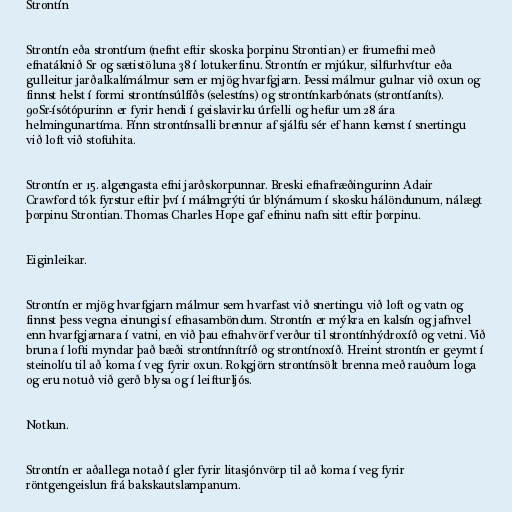
Strontín

Strontín eða strontíum (nefnt eftir skoska þorpinu Strontian) er frumefni með
efnatáknið Sr og sætistöluna 38 í lotukerfinu. Strontín er mjúkur, silfurhvítur eða
gulleitur jarðalkalímálmur sem er mjög hvarfgjarn. Þessi málmur gulnar við oxun og
finnst helst í formi strontínsúlfíðs (selestíns) og strontínkarbónats (strontíaníts).
90Sr-ísótópurinn er fyrir hendi í geislavirku úrfelli og hefur um 28 ára
helmingunartíma. Fínn strontínsalli brennur af sjálfu sér ef hann kemst í snertingu
við loft við stofuhita.

Strontín er 15. algengasta efni jarðskorpunnar. Breski efnafræðingurinn Adair
Crawford tók fyrstur eftir því í málmgrýti úr blýnámum í skosku hálöndunum, nálægt
þorpinu Strontian. Thomas Charles Hope gaf efninu nafn sitt eftir þorpinu.

Eiginleikar.

Strontín er mjög hvarfgjarn málmur sem hvarfast við snertingu við loft og vatn og
finnst þess vegna einungis í efnasamböndum. Strontín er mýkra en kalsín og jafnvel
enn hvarfgjarnara í vatni, en við þau efnahvörf verður til strontínhýdroxíð og vetni. Við
bruna í lofti myndar það bæði strontínnítríð og strontínoxíð. Hreint strontín er geymt í
steinolíu til að koma í veg fyrir oxun. Rokgjörn strontínsölt brenna með rauðum loga
og eru notuð við gerð blysa og í leifturljós.

Notkun.

Strontín er aðallega notað í gler fyrir litasjónvörp til að koma í veg fyrir
röntgengeislun frá bakskautslampanum.